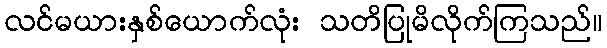
လင်မယားနှစ်ယောက်လုံး သတိပြုမိလိုက်ကြသည်။